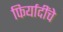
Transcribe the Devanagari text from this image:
फिर्यादींचे